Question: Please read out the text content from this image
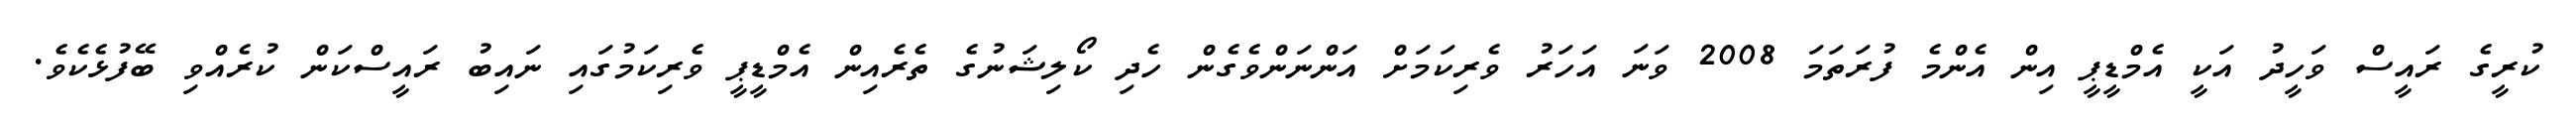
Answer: ކުރީގެ ރައީސް ވަހީދު އަކީ އެމްޑީޕީ އިން އެންމެ ފުރަތަމަ 2008 ވަނަ އަހަރު ވެރިކަމަށް އަންނަންވެގެން ހެދި ކޯލިޝަނުގެ ތެރެއިން އެމްޑީޕީ ވެރިކަމުގައި ނައިބު ރައީސްކަން ކުރެއްވި ބޭފުޅެކެވެ.